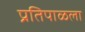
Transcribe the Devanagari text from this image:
प्रतिपाळला